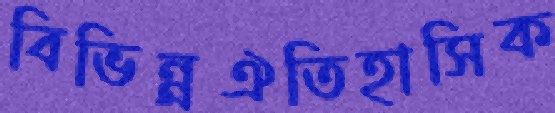
বিভিন্ন্রঐতিহাসিক